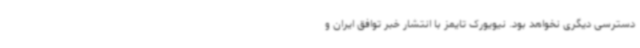
دسترسی دیگری نخواهد بود. نیویورک تایمز با انتشار خبر توافق ایران و